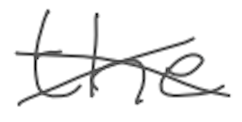
Text: the
Cross-out: cross
Writing tool: digital_gray